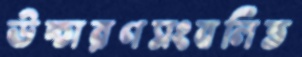
উচ্চারণসংবলিত